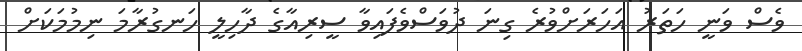
ވެސް ވަނީ ހަތަރު އަހަރަށްވުރެ ގިނަ ދުވަސްވެފައިވާ ސީރިއާގެ ދާހިލީ ހަނގުރާމަ ނިމުމަކަށް